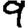
Digit: 9